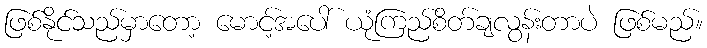
ဖြစ်နိုင်သည်မှာတော့ မောင့်အပေါ် ယုံကြည်စိတ်ချလွန်းတာပဲ ဖြစ်မည်။